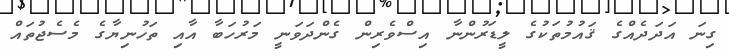
ގިނަ އަދަދެއްގެ ޤައުމުތަކުގެ ލީޑަރުންނާ އިސްވެރިން ގެންދަވަނީ މަރުހަބާ އާއި ތަހުނިޔާގެ މެސެޖުތައް